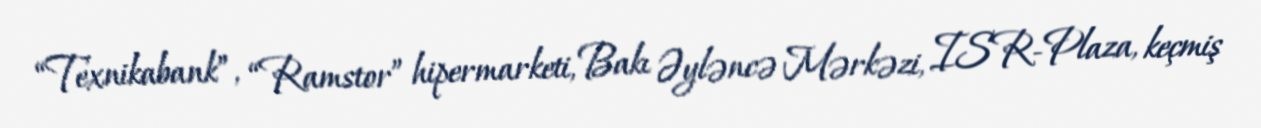
“Texnikabank”, “Ramstor” hipermarketi, Bakı Əyləncə Mərkəzi, ISR-Plaza, keçmiş